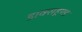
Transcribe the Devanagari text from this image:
डाक्सहूण्ड